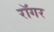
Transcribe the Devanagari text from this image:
रॉगर